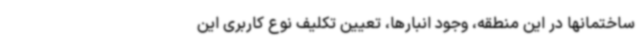
ساختمانها در این منطقه، وجود انبارها، تعیین تکلیف نوع کاربری این